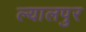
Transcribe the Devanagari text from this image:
ल्यालपुर